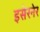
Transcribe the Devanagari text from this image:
इसेरनेर